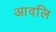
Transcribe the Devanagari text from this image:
आवलि